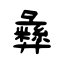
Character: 彝